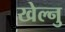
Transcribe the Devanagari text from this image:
खेल्नु